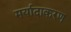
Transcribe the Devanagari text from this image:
मर्यादाकरण